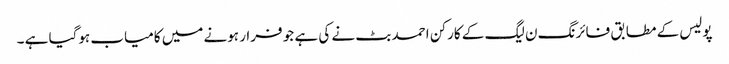
پولیس کے مطابق فائرنگ ن لیگ کے کارکن احمد بٹ نے کی ہے جو فرار ہونے میں کامیاب ہوگیا ہے ۔